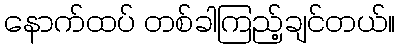
နောက်ထပ် တစ်ခါကြည့်ချင်တယ်။